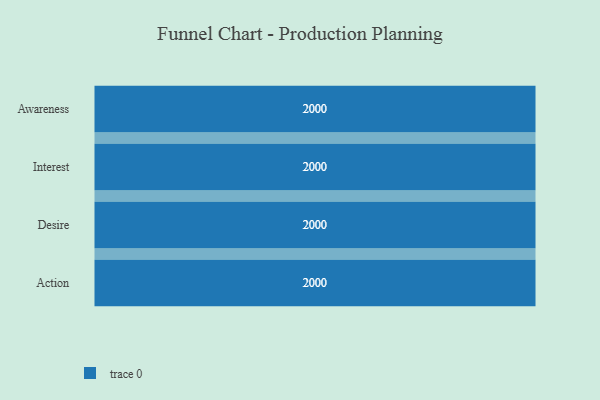
{"axis": {"x": "Stage", "y": "Value"}, "legend": [""], "data": [{"x": "Awareness", "y": 2000, "type": ""}, {"x": "Interest", "y": 2000, "type": ""}, {"x": "Desire", "y": 2000, "type": ""}, {"x": "Action", "y": 2000, "type": ""}]}